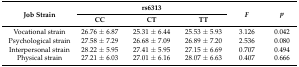
| <ROWSPAN=2> Job Strain | <COLSPAN=3> rs6313 | <ROWSPAN=2> F | <ROWSPAN=2> p |
 | CC | CT | TT |
 | --- | --- | --- | --- | --- | --- |
 | Vocational strain | 26.76 ± 6.87 | 25.31 ± 6.44 | 25.53 ± 5.93 | 3.126 | 0.042 |
 | Psychological strain | 27.58 ± 7.29 | 26.68 ± 7.09 | 26.89 ± 7.20 | 2.536 | 0.080 |
 | Interpersonal strain | 28.22 ± 5.95 | 27.41 ± 5.95 | 27.15 ± 6.69 | 0.707 | 0.494 |
 | Physical strain | 27.21 ± 6.03 | 27.01 ± 6.16 | 28.07 ± 6.63 | 0.407 | 0.666 |